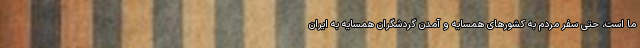
ما است، حتی سفر مردم به کشورهای همسایه و آمدن گردشگران همسایه به ایران